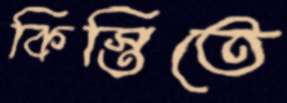
কিস্তিতে